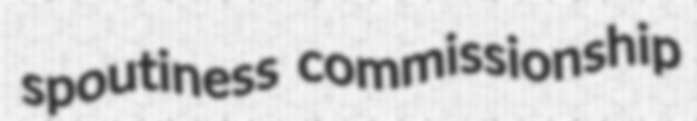
spoutiness commissionship